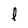
Character: l